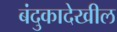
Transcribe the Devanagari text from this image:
बंदुकादेखील